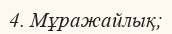
4. Мұражайлық;